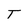
Character: T